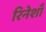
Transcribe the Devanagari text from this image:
रिनेशाँ